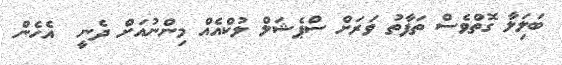
ބަލަިލާ ގޮތްވެސް ތަފާތު ވަރަށް ސްޕެޝަލް ލުކްއެއް މިންނުއަށް ދެނީ  އެހެން